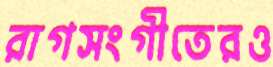
রাগসংগীতেরও